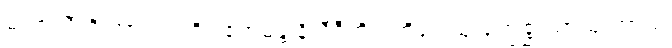
မဟာလီတိ အာလပတိ။ ဧကမန္တံ နိသီဒီတိ ပတိရူပါသု ရုက္ခစ္ဆာယာသု တာယ